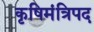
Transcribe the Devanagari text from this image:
कृषिमंत्रिपद